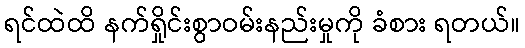
ရင်ထဲထိ နက်ရှိုင်းစွာဝမ်းနည်းမှုကို ခံစား ရတယ်။